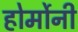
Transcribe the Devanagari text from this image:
होर्मोनी